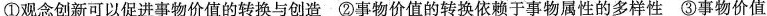
①观念创新可以促进事物价值的转换与创造②事物价值的转换依赖于事物属性的多样性③事物价值